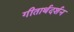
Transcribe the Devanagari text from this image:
गीतार्थदर्शन